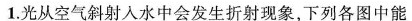
1.光从空气斜射入水中会发生折射现象，下列各图中能